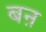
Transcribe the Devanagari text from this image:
बऩ